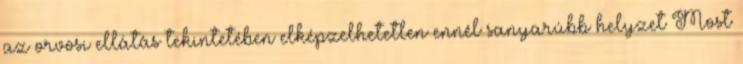
az orvosi ellátás tekintetében elképzelhetetlen ennél sanyarúbb helyzet Most